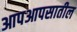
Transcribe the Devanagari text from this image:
आपआपसातील